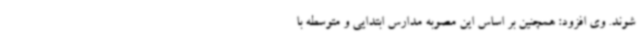
شوند. وی افزود: همچنین بر اساس این مصوبه مدارس ابتدایی و متوسطه با